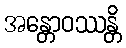
အန္တောဝဿန္တိ